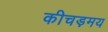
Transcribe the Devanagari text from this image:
कीचड़मय